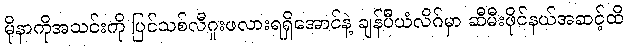
မိုနာကိုအသင်းကို ပြင်သစ်လီဂူးဖလားရရှိအောင်နဲ့ ချန်ပီယံလိဂ်မှာ ဆီမီးဖိုင်နယ်အဆင့်ထိ